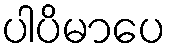
ပါပိမာပေ